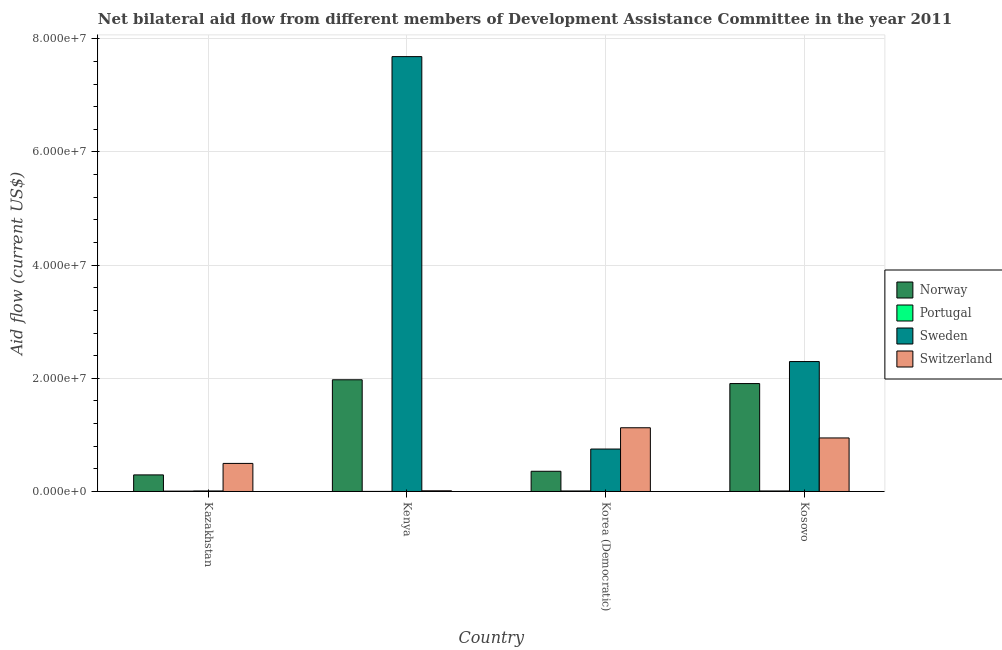
| Country | Norway | Portugal | Sweden | Switzerland |
 | --- | --- | --- | --- | --- |
 | Kazakhstan | 2.93e+06 | 6e+04 | 9e+04 | 4.96e+06 |
 | Kenya | 1.97e+07 | 1e+04 | 7.68e+07 | 1.2e+05 |
 | Korea (Democratic) | 3.57e+06 | 9e+04 | 7.5e+06 | 1.13e+07 |
 | Kosovo | 1.91e+07 | 9e+04 | 2.3e+07 | 9.46e+06 |